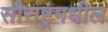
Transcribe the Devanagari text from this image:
सौराष्ट्रमधील